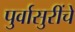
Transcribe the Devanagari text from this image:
पुर्वासुरींचे